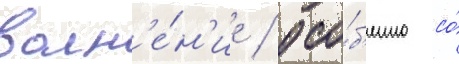
волн'е́н'ие / осо́б'енно со́